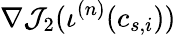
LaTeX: \nabla\mathcal{J}_{2}(\iota^{(n)}(c_{s,i}))